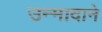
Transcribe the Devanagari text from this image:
उन्मादाने